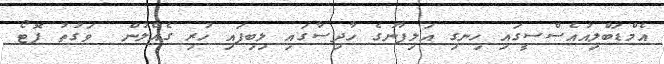
އެމްޑަބްލިއުއެސްސީގައި ހިނގި އަލިފާނުގެ ހާދިސާގައި ލިބިފައި ހުރި ގެއްލުން  ވަގުތު ފޮޓޯ